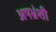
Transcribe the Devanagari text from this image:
अपभ्रंशी